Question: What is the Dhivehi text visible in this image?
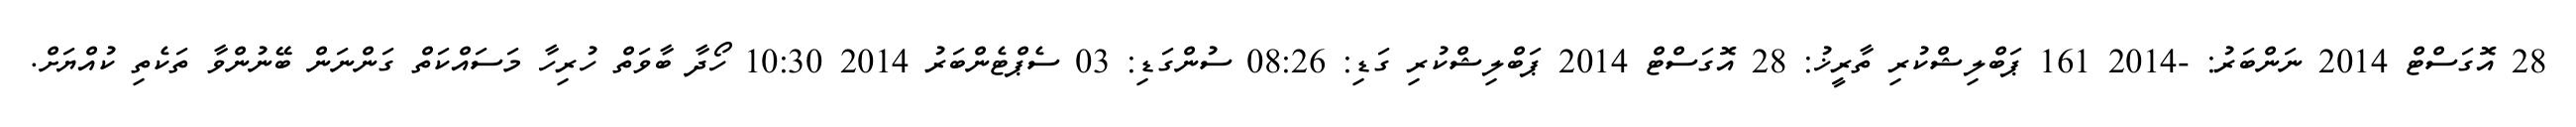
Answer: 28 އޮގަސްޓް 2014 ނަންބަރު: -2014 161 ޕަބްލިޝްކުރި ތާރީޚު: 28 އޮގަސްޓް 2014 ޕަބްލިޝްކުރި ގަޑި: 08:26 ސުންގަޑި: 03 ސެޕްޓެންބަރު 2014 10:30 ހޯދާ ބާވަތް ހުރިހާ މަސައްކަތް ގަންނަން ބޭނުންވާ ތަކެތި ކުއްޔަށް.